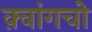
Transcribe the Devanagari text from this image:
क़्वांगचो